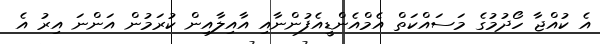
އެ ކުއްޖާ ހޯދުމުގެ މަސައްކަތް އެމްއެންޑީއެފުންނާއި އާއިލާއިން ކުރަމުން އަންނަ އިރު އެ